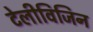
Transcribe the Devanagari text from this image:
टेलीविजिन